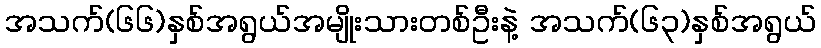
အသက်(၆၆)နှစ်အရွယ်အမျိုးသားတစ်ဦးနဲ့ အသက်(၆၃)နှစ်အရွယ်